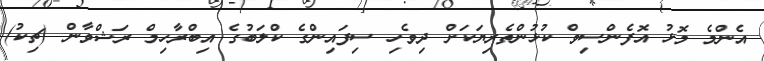
އެންމެ މޮޅު އޮފެންސިވް ކުޅުންތެރިޔަކަށް ދިވެހި ސިފައިންގެ ކްލަބުގެ އިބްރާހިމް ރަޝްވާން (ޗިކު)